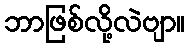
ဘာဖြစ်လို့လဲဗျာ။